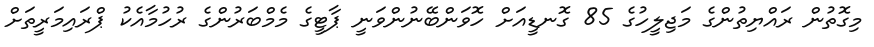
މިގޮތުން ރައްޔިތުންގެ މަޖިލީހުގެ 85 ގޮނޑީއަށް ހޮވަންބޭނުންވަނީ ޕާޓީގެ މެމްބަރުންގެ ރުހުމާއެކު ޕްރައިމަރީތަށް